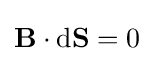
\mathbf {B} \cdot \mathrm {d} \mathbf {S} =0